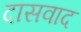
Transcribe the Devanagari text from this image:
दासवाद